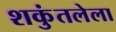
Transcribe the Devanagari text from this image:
शकुंतलेला